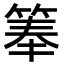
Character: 𬕏